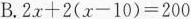
B. $$2 x + 2 ( x - 1 0 ) = 2 0 0$$